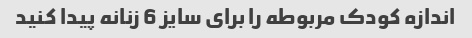
اندازه کودک مربوطه را برای سایز 6 زنانه پیدا کنید